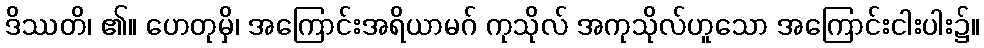
ဒိဿတိ၊ ၏။ ဟေတုမှိ၊ အကြောင်းအရိယာမဂ် ကုသိုလ် အကုသိုလ်ဟူသော အကြောင်းငါးပါး၌။